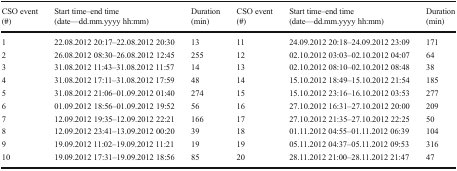
| CSO event | Start time–end time | Duration | CSO event | Start time–end time | Duration |
 | (#) | (date—dd.mm.yyyy hh:mm) | (min) | (#) | (date—dd.mm.yyyy hh:mm) | (min) |
 | --- | --- | --- | --- | --- | --- |
 | 1 | 22.08.2012 20:17–22.08.2012 20:30 | 13 | 11 | 24.09.2012 20:18–24.09.2012 23:09 | 171 |
 | 2 | 26.08.2012 08:30–26.08.2012 12:45 | 255 | 12 | 02.10.2012 03:03–02.10.2012 04:07 | 64 |
 | 3 | 31.08.2012 11:43–31.08.2012 11:57 | 14 | 13 | 02.10.2012 08:10–02.10.2012 08:48 | 38 |
 | 4 | 31.08.2012 17:11–31.08.2012 17:59 | 48 | 14 | 15.10.2012 18:49–15.10.2012 21:54 | 185 |
 | 5 | 31.08.2012 21:06–01.09.2012 01:40 | 274 | 15 | 15.10.2012 23:16–16.10.2012 03:53 | 277 |
 | 6 | 01.09.2012 18:56–01.09.2012 19:52 | 56 | 16 | 27.10.2012 16:31–27.10.2012 20:00 | 209 |
 | 7 | 12.09.2012 19:35–12.09.2012 22:21 | 166 | 17 | 27.10.2012 21:35–27.10.2012 22:25 | 50 |
 | 8 | 12.09.2012 23:41–13.09.2012 00:20 | 39 | 18 | 01.11.2012 04:55–01.11.2012 06:39 | 104 |
 | 9 | 19.09.2012 11:02–19.09.2012 11:21 | 19 | 19 | 05.11.2012 04:37–05.11.2012 09:53 | 316 |
 | 10 | 19.09.2012 17:31–19.09.2012 18:56 | 85 | 20 | 28.11.2012 21:00–28.11.2012 21:47 | 47 |